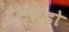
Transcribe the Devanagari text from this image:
हेराल्डो